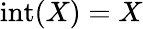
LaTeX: \operatorname{int}(X)=X